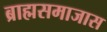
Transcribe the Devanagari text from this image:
ब्राह्मसमाजास